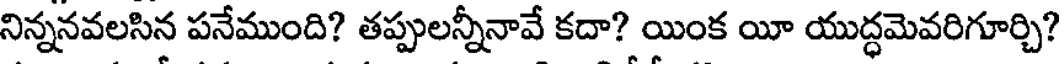
నిన్ననవలసిన పనేముంది? తప్పులన్నీనావే కదా? యింక యీ యుద్ధమెవరిగూర్చి?